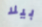
بيلا